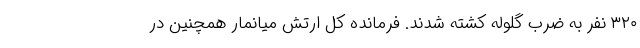
۳۲۰ نفر به ضرب گلوله کشته شدند. فرمانده کل ارتش میانمار همچنین در